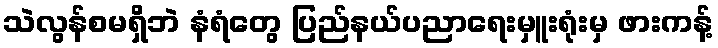
သဲလွန်စမရှိဘဲ နံရံတွေ ပြည်နယ်ပညာရေးမှူးရုံးမှ ဖားကန့်